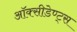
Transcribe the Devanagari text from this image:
ऑक्सीडेण्ट्स